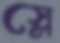
স্লে